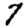
Digit: 7